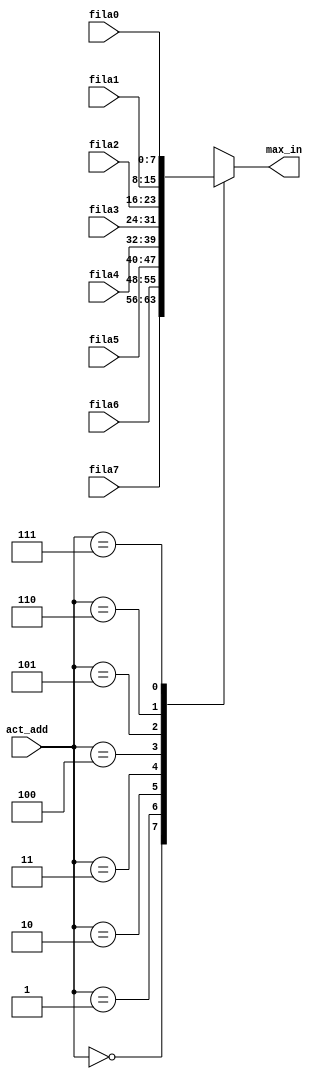
/*
Universidad de los Andes
Departamento Ingeniera Elctrica y Electrnica
Arquitectura y Diseo de Sistemas Digitales

Mdulo imagen FPGA - Max7219

Autor:Jos Francisco Molano Pulido (jf.molano1587@uniandes.edu.co)
*/


module imagen(
    input wire [2:0] act_add,
	 input wire [7:0] fila7,
	 input wire [7:0] fila6,
	 input wire [7:0] fila5,
	 input wire [7:0] fila4,
	 input wire [7:0] fila3,
	 input wire [7:0] fila2,
	 input wire [7:0] fila1,
	 input wire [7:0] fila0,
    output reg [7:0] max_in
    );
	 
reg [2:0] aux;
always@(*)
begin
	aux = act_add;	
	case (aux)
	  3'b000 : max_in = fila7;
	  3'b001 : max_in = fila6;
	  3'b010 : max_in = fila5;
	  3'b011 : max_in = fila4;
	  3'b100 : max_in = fila3;
	  3'b101 : max_in = fila2;
	  3'b110 : max_in = fila1;
	  3'b111 : max_in = fila0;
	  default: max_in = 8'b00000000;
	endcase
end
endmodule